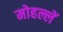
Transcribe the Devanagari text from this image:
मोहल्लें